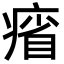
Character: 㾪